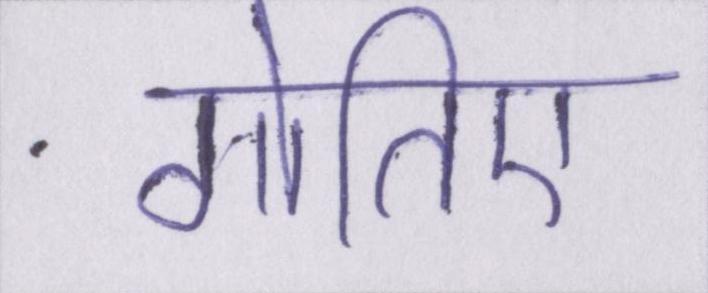
गोतिए